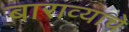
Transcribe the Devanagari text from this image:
बाराव्याचे